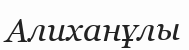
Алиханұлы